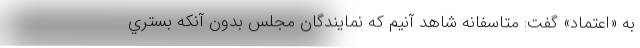
به «اعتماد» گفت: متاسفانه شاهد آنيم كه نمايندگان مجلس بدون آنكه بستري